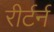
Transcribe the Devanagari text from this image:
रीर्टर्न